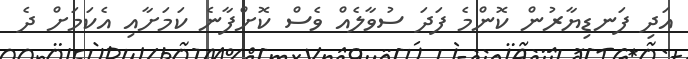
އަދި ފަނޑިޔާރުން ކޮންމެ ފަދަ ސުވާލެއް ވެސް ކޮށްފާނެ ކަމަށާއި އެކަމަށް ދެ